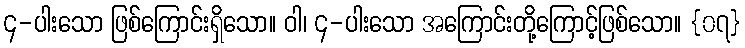
၄-ပါးသော ဖြစ်ကြောင်းရှိသော။ ဝါ၊ ၄-ပါးသော အကြောင်းတို့ကြောင့်ဖြစ်သော။ {၀၇}